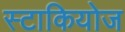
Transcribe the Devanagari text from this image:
स्टाकियोज